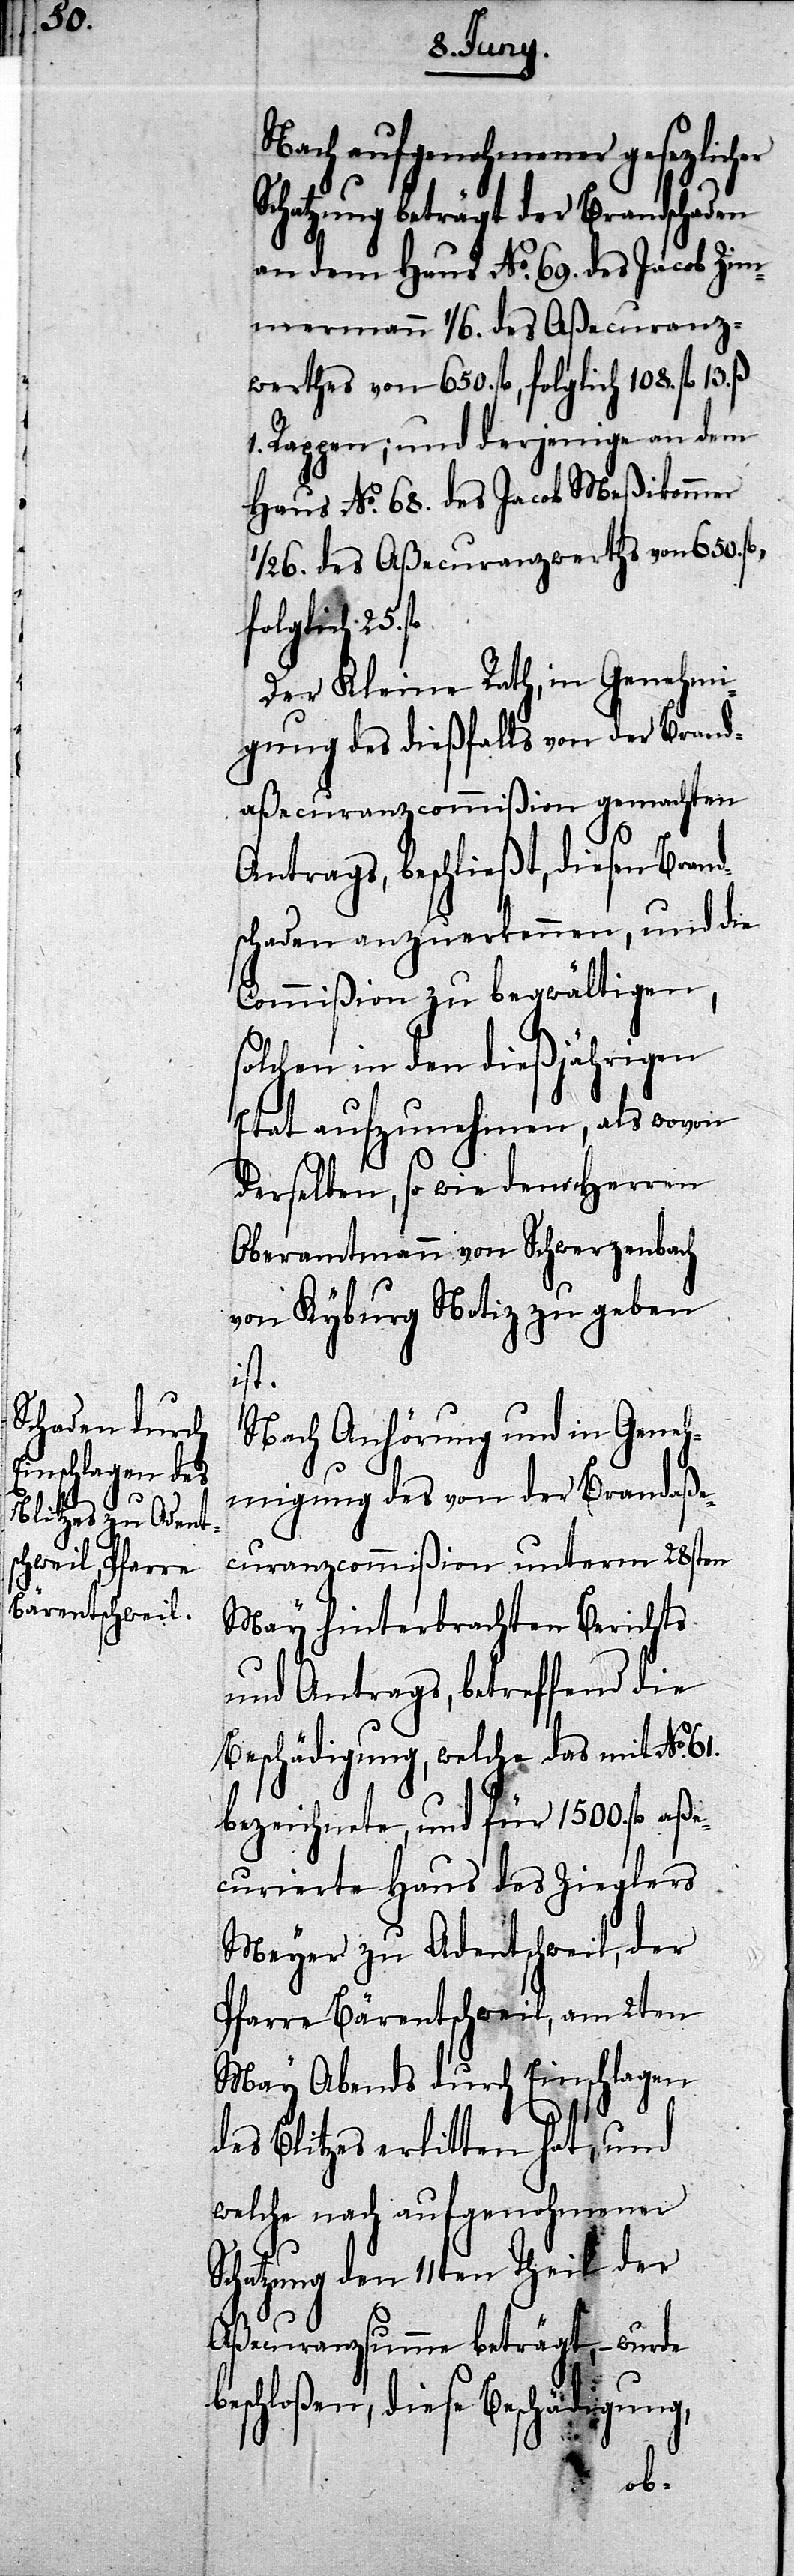
Nach aufgenohmener gesetzlich¬
Schatzung beträgt der Brandschaden
an dem Haus No. 69. des Jacob Zim¬
mermann 1/6. des Aßecuranz¬
werthes von 650. fl, folglich 108. fl.
1. Rappen; und derjenige an dem
Haus No. 68. des Jacob Neßikommer
1/26. des Aßecuranzwerths von 650. fl.,
folglich 25.
Der Kleine Rath, in Genehmi¬
gung des dießfalls von der Brand¬
aßecuranzcommißion gemachten
Antrags, beschließt, diesen Brand¬
schaden anzuerkennen, und die
Commißion zu begwältigen,
solchen in den dießjährigen
Etat aufzunehmen, als wovon
derselben, so wie dem Herrn
Oberamtmann von Schwerzenbach
von Kyburg Notiz zu geben
ist.
Nach Anhörung und in Geneh¬
migung des von der Brandaße¬
curanzcommißion unterm 28sten
May hinterbrachten Berichts
und Antrags, betreffend die
Beschädigung, welche das mit No.
bezeichnete, und für 1500. fl.
curierte Haus des Zieglers
Mayer zu Adentschweil, der
Pfarre Bärentschweil, am 2ten
May Abends durch Einschlagen
fl.
des Blitzes erlitten hat, und
welche nach aufgenohmener
Schatzung den 11ten Theil der
Aßecuranzsumme beträgt, – wurde
eschloßen, diese Beschädigung,
b¬